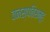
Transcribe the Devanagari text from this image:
वनस्पतिसमूह